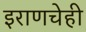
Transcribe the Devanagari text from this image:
इराणचेही